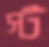
স্ট